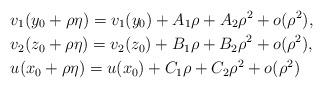
LaTeX: \begin{align*}&v_1(y_0+\rho\eta)=v_1(y_0)+A_1\rho+A_2\rho^{2}+o(\rho^{2}),\\&v_2 (z_0+\rho\eta)=v_2(z_0)+B_1\rho+B_2\rho^{2}+o(\rho^{2}),\\&u(x_0+\rho\eta)=u(x_0)+C_1\rho+C_2\rho^{2}+o(\rho^{2})\end{align*}